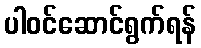
ပါဝင်ဆောင်ရွက်ရန်